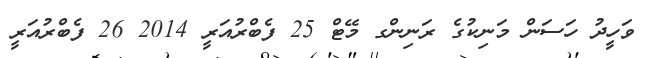
ވަހީދު ހަސަން މަނިކުގެ ރަނިންގ މޭޓް 25 ފެބްރުއަރީ 2014 26 ފެބްރުއަރީ